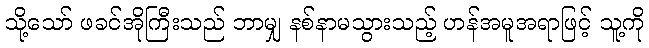
သို့သော် ဖခင်အိုကြီးသည် ဘာမျှ နစ်နာမသွားသည့် ဟန်အမူအရာဖြင့် သူ့ကို